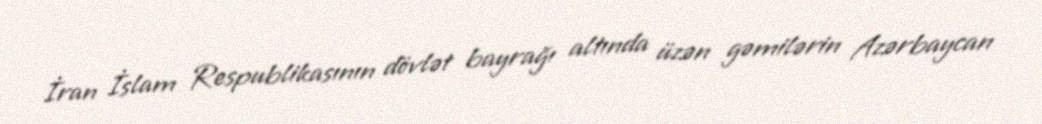
İran İslam Respublikasının dövlət bayrağı altında üzən gəmilərin Azərbaycan